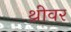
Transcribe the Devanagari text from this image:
थ्रीवर